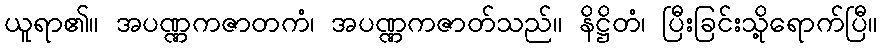
ယူရာ၏။ အပဏ္ဏကဇာတကံ၊ အပဏ္ဏကဇာတ်သည်။ နိဋ္ဌိတံ၊ ပြီးခြင်းသို့ရောက်ပြီ။